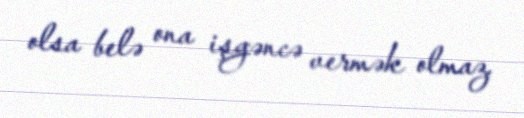
olsa belə ona işgəncə vermək olmaz.